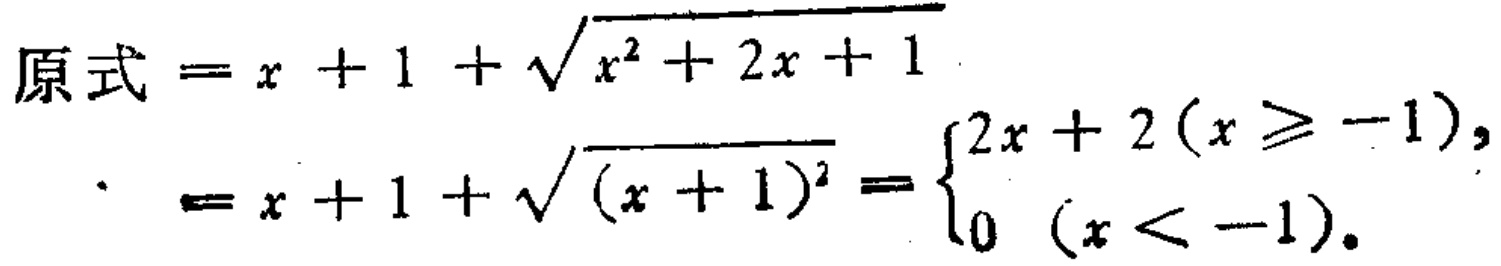
\[

\begin{align*}

原式&=x + 1+\sqrt{x^{2}+2x + 1}\\

&=x + 1+\sqrt{(x + 1)^{2}}=\begin{cases}2x + 2&(x\geqslant - 1),\\0&(x < - 1).\end{cases}

\end{align*}

\]